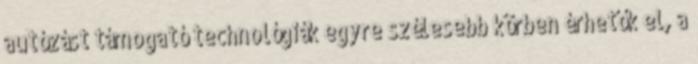
autózást támogató technológiák egyre szélesebb körben érhetők el, a